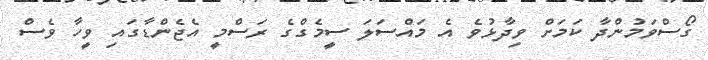
ގޯސްވަމުންދާ ކަމަށް ވިދާޅުވެ އެ މައްސަލަ ސީމެގްގެ ރަސްމީ އެޖެންޑާގައި ވީހާ ވެސް